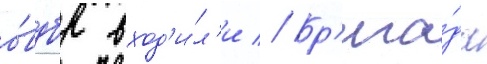
о́вдбр вход'и́л'и // Бр'ига́да